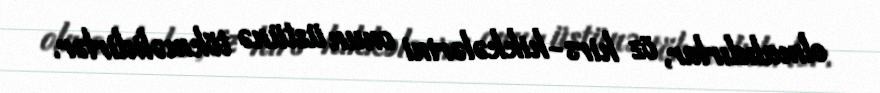
olmalıdırlar, öz hirs-hikkələrini onun üstünə tökməlidirlər.